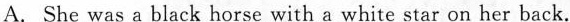
A. She was a black horse with a white star on her back.